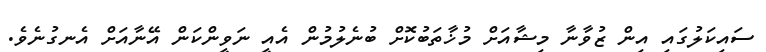
ސައިކަލުގައި އިން ޒުވާނާ މިޝާއަށް މުޚާތަބުކޮށް ބުނެލުމުން އެއީ ނަވީންކަން އޭނާއަށް އެނގުނެވެ.